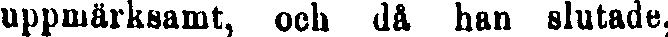
uppmärksamt, och då han slutade,